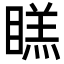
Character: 𭿔